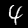
Label: 4